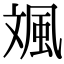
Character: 𩖣